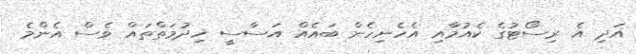
އަދި އެ ރިސޯޓުގެ ކެއުމާއި އެހެނިހެން ބައެއް އަސާސީ ޚިދުމަތްތައް ވެސް އެންމެ